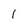
Character: 1